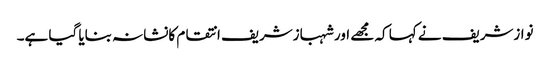
نوازشریف نے کہا کہ مجھے اور شہبازشریف انتقام کانشانہ بنایا گیا ہے۔